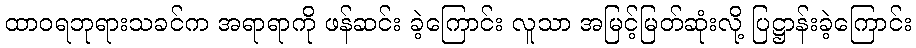
ထာဝရဘုရားသခင်က အရာရာကို ဖန်ဆင်း ခဲ့ကြောင်း လူသာ အမြင့်မြတ်ဆုံးလို့ ပြဋ္ဌာန်းခဲ့ကြောင်း